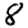
Digit: 8